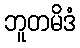
ဘူတမိဒံ